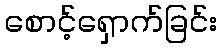
စောင့်ရှောက်ခြင်း